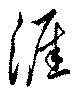
涯